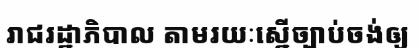
រាជរដ្ឋាភិបាល តាមរយៈស្នើច្បាប់ចង់ឲ្យ